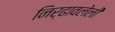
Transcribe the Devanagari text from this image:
निर्ढावलेली